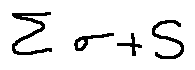
\sum \sigma + S